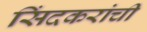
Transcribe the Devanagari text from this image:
सिंदकरांची